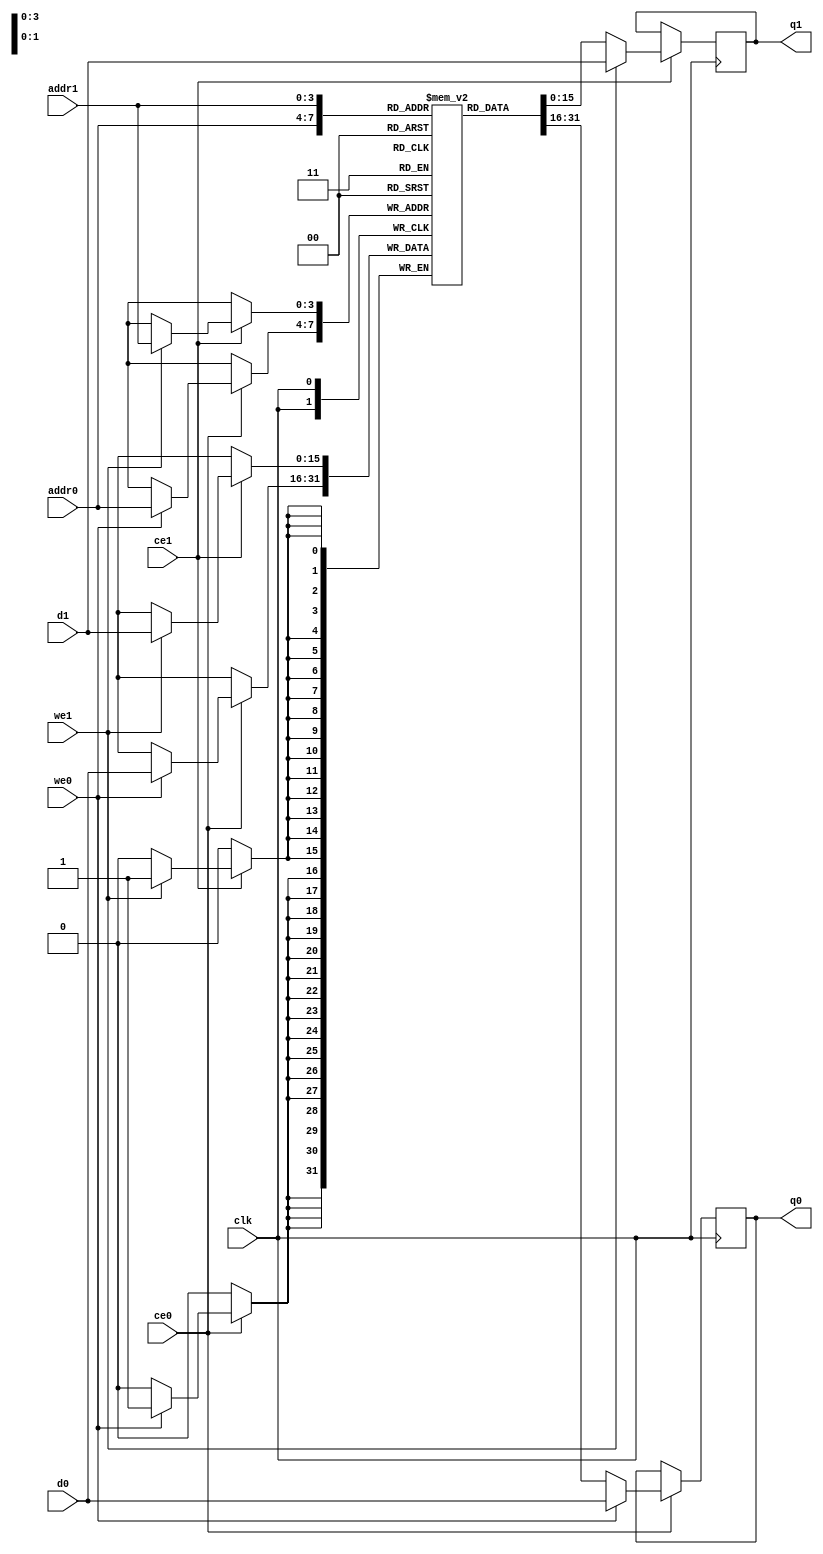
// ==============================================================
// File generated by Vivado(TM) HLS - High-Level Synthesis from C, C++ and SystemC
// Version: 2017.4
// Copyright (C) 1986-2017 Xilinx, Inc. All Rights Reserved.
// 
// ==============================================================

`timescale 1 ns / 1 ps
module conv_0_out_val_V_ram (addr0, ce0, d0, we0, q0, addr1, ce1, d1, we1, q1,  clk);

parameter DWIDTH = 16;
parameter AWIDTH = 4;
parameter MEM_SIZE = 16;

input[AWIDTH-1:0] addr0;
input ce0;
input[DWIDTH-1:0] d0;
input we0;
output reg[DWIDTH-1:0] q0;
input[AWIDTH-1:0] addr1;
input ce1;
input[DWIDTH-1:0] d1;
input we1;
output reg[DWIDTH-1:0] q1;
input clk;

(* ram_style = "block" *)reg [DWIDTH-1:0] ram[0:MEM_SIZE-1];




always @(posedge clk)  
begin 
    if (ce0) 
    begin
        if (we0) 
        begin 
            ram[addr0] <= d0; 
            q0 <= d0;
        end 
        else 
            q0 <= ram[addr0];
    end
end


always @(posedge clk)  
begin 
    if (ce1) 
    begin
        if (we1) 
        begin 
            ram[addr1] <= d1; 
            q1 <= d1;
        end 
        else 
            q1 <= ram[addr1];
    end
end


endmodule


`timescale 1 ns / 1 ps
module conv_0_out_val_V(
    reset,
    clk,
    address0,
    ce0,
    we0,
    d0,
    q0,
    address1,
    ce1,
    we1,
    d1,
    q1);

parameter DataWidth = 32'd16;
parameter AddressRange = 32'd16;
parameter AddressWidth = 32'd4;
input reset;
input clk;
input[AddressWidth - 1:0] address0;
input ce0;
input we0;
input[DataWidth - 1:0] d0;
output[DataWidth - 1:0] q0;
input[AddressWidth - 1:0] address1;
input ce1;
input we1;
input[DataWidth - 1:0] d1;
output[DataWidth - 1:0] q1;



conv_0_out_val_V_ram conv_0_out_val_V_ram_U(
    .clk( clk ),
    .addr0( address0 ),
    .ce0( ce0 ),
    .d0( d0 ),
    .we0( we0 ),
    .q0( q0 ),
    .addr1( address1 ),
    .ce1( ce1 ),
    .d1( d1 ),
    .we1( we1 ),
    .q1( q1 ));

endmodule